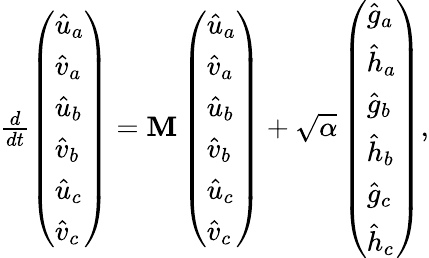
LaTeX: \begin{array}{r}{\frac{d}{dt}\left(\begin{array}{l}{\hat{u}_{a}}\\ {\hat{v}_{a}}\\ {\hat{u}_{b}}\\ {\hat{v}_{b}}\\ {\hat{u}_{c}}\\ {\hat{v}_{c}}\end{array}\right)=\mathbf{M}\left(\begin{array}{l}{\hat{u}_{a}}\\ {\hat{v}_{a}}\\ {\hat{u}_{b}}\\ {\hat{v}_{b}}\\ {\hat{u}_{c}}\\ {\hat{v}_{c}}\end{array}\right)+\sqrt{\alpha}\left(\begin{array}{l}{\hat{g}_{a}}\\ {\hat{h}_{a}}\\ {\hat{g}_{b}}\\ {\hat{h}_{b}}\\ {\hat{g}_{c}}\\ {\hat{h}_{c}}\end{array}\right),}\end{array}